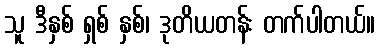
သူ ဒီနှစ် ရှစ် နှစ်၊ ဒုတိယတန်း တက်ပါတယ်။